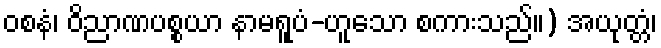
ဝစနံ၊ ဝိညာဏပစ္စယာ နာမရူပံ-ဟူသော စကားသည်။) အယုတ္တံ၊